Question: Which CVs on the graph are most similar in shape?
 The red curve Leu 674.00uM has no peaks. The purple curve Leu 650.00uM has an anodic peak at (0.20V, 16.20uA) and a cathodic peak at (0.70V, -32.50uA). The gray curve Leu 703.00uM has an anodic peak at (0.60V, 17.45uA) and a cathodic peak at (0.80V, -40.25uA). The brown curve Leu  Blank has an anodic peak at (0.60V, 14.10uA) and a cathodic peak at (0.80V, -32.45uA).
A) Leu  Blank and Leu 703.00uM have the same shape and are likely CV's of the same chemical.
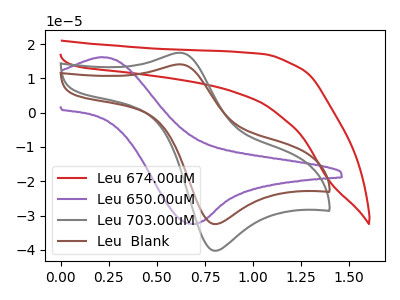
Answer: <think>"Leu 674.00uM" and "Leu 650.00uM" have a different number of peaks. "Leu 674.00uM" and "Leu 703.00uM" have a different number of peaks. "Leu 674.00uM" and "Leu  Blank" have a different number of peaks. "Leu 650.00uM" and "Leu 703.00uM" have at least one peak that do not match. "Leu 650.00uM" and "Leu  Blank" have at least one peak that do not match. All the peaks in "Leu 703.00uM" have a peak in "Leu  Blank" at the same potential. Every peak in "Leu 703.00uM" is higher than every peak in "Leu  Blank".
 </think>
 <answer>A) "Leu  Blank" and "Leu 703.00uM" have the same shape and are likely CV's of the same chemical.</answer>
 <eval>A</eval>